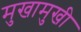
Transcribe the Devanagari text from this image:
मुखामुखी